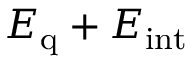
E _ { \mathrm { q } } + E _ { \mathrm { i n t } }